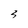
Character: 3